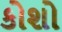
કોશો